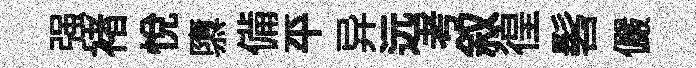
强褚悦隳備平异远考叙徨髫儼